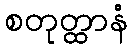
စတုတ္ထာနံ